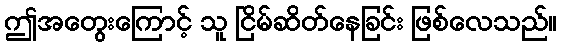
ဤအတွေးကြောင့် သူ ငြိမ်ဆိတ်နေခြင်း ဖြစ်လေသည်။